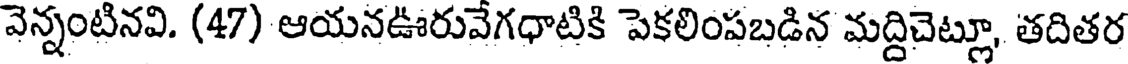
వెన్నంటినవి. (47) ఆయనఊరువేగధాటికి పెకలింపబడిన మద్దిచెట్లూ, తదితర